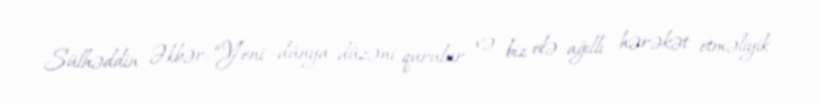
Sülhəddin Əkbər: “Yeni dünya düzəni qurulur və biz elə ağıllı hərəkət etməliyik